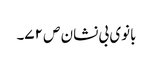
بانوی بی نشان ص ۷۲۔